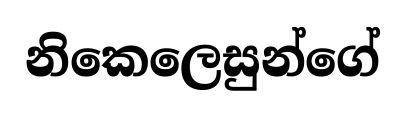
නිකෙලෙසුන්ගේ